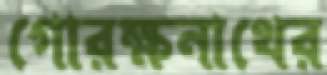
গোরক্ষনাথের